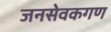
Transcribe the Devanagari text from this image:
जनसेवकगण